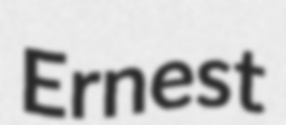
Ernest